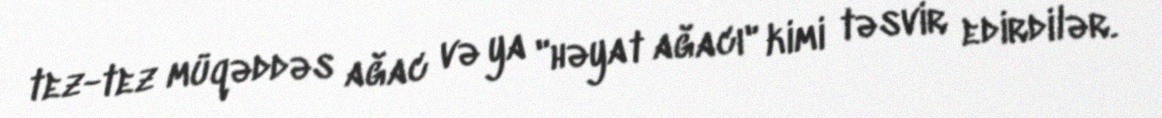
tez-tez müqəddəs ağac və ya "həyat ağacı" kimi təsvir edirdilər.